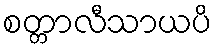
စတ္တာလီသာယပိ